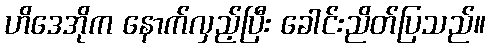
ဟိဒေအိုက နောက်လှည့်ပြီး ခေါင်းညိတ်ပြသည်။